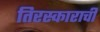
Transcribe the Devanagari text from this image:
तिरस्काराची